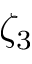
\zeta _ { 3 }